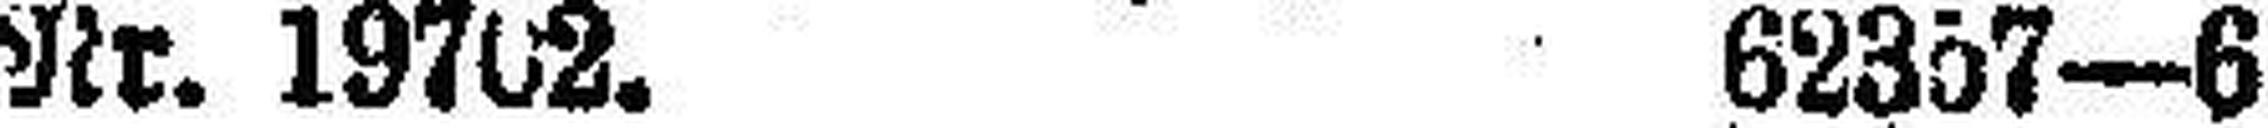
Nr. 19702. 62357—6